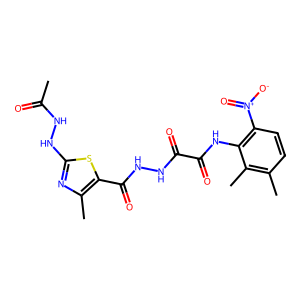
SMILES: CC(=O)NNc1nc(C)c(C(=O)NNC(=O)C(=O)Nc2c([N+](=O)[O-])ccc(C)c2C)s1
Inhibits HIV replication: No